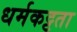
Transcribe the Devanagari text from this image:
धर्मकट्टता